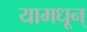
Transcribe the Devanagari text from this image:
यामधून्